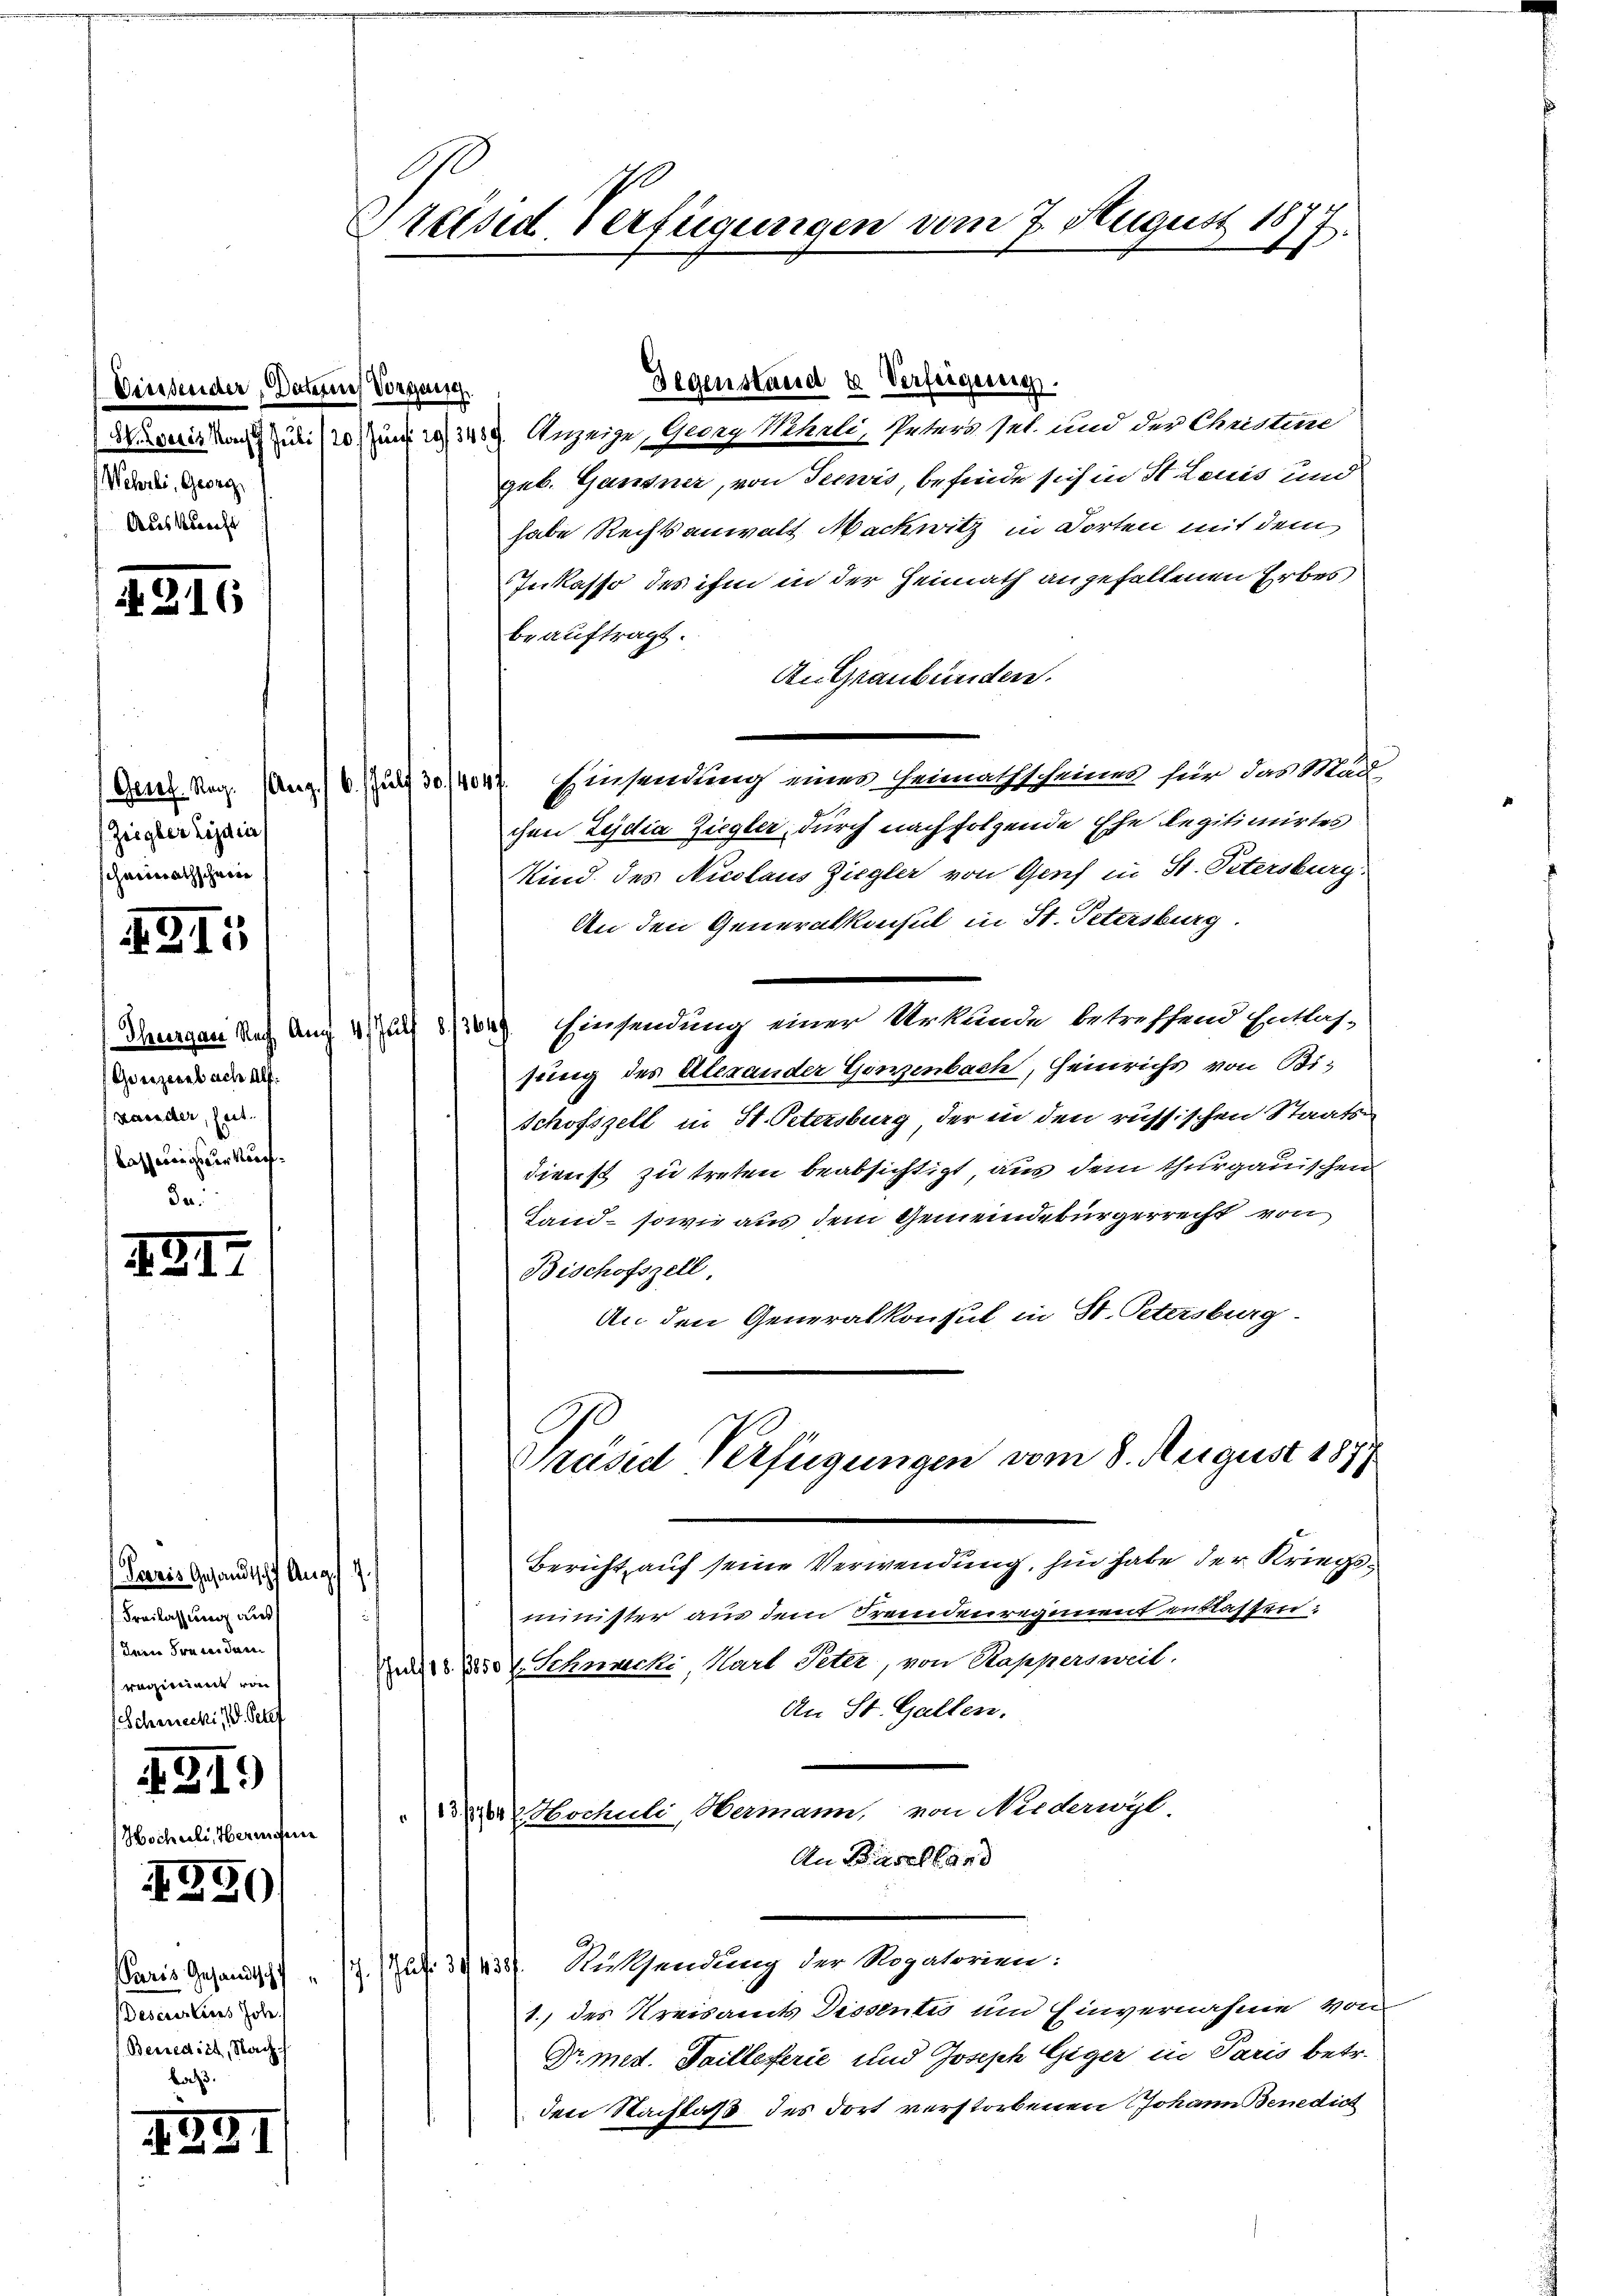
Diessender, Datenties Vorgensch
Wehrli, Georg
Ausknecht

4216

Ziegler Lizara,
scheinathschein

311

. Theorgase Nach An
Greszerab ach Alt
Kander, hat.
Kasserungs der Kauf- |

221.

Paris Gesandtschaf Aug. 1
Freilassung aus
Deine Freneiden
sregiment von
Schrecki, V. Pete

3.

30)
3

Paris Gesandtsch
Besenerlins Joh.
Benedict, Nach
bach

39

Preise Verfügungen vom 7. August 1874
2

dimirten Juni und 3450 Anzeige, Georg Wehrli, Peters sel. und der Christine
geb. Gantner, von Seewis, befinde sich in St. Louis und
habe Rechtsanwalt Nachwitz in Worten mit dem
Inkasso des ihm in der Heimath angefallenen Erbes
beauftragt.
An Graubünden.
Gent. Reg. (Ang) 6.) Zur 30/1047. Einsendung eines Heimathscheines für das Mädl
chen Zejdia Ziegler durch nachfolgende Ehe legitimirtes
f
Kind des Nicolaus Ziegler von Genf in St. Petersburg.
An den Generalkonsul in St. Petersburg
i Einsendung einer Urkunde betreffend Entlas-
sung des Alexander Ganzenbach, Heinrichs von Bi¬
Schofszell in St. Petersburg, der in den russischen Staats-
dienst zu treten beabsichtigt, aus dem thurgauischen
Land- sowie aus dem Gemeindebürgerrecht von
Bischofszell,
An den Generalkonsul in St. Petersburg
Präsid Verfügungen vom 8. August 1871
Bericht auf seine Verwendung, hin habe der Kriegs
minister aus dem Fremdenregiment entlassen:
un u. Schnecki, Hart Peter, von Rappersweil.
An St. Gallen.
Dr Hochuli, Hermann, von Niederwyl.
An Basellard
 Rissendung der Rogatorien:
.
1.) des Kreisamts Dissentis und Einvernahme von
Dr. mett. Taitleferie und Joseph Giger in Paris betr.
den Nachlaß des dort verstorbenen Johann Benedict

Gegenstand & Verfeigeneig